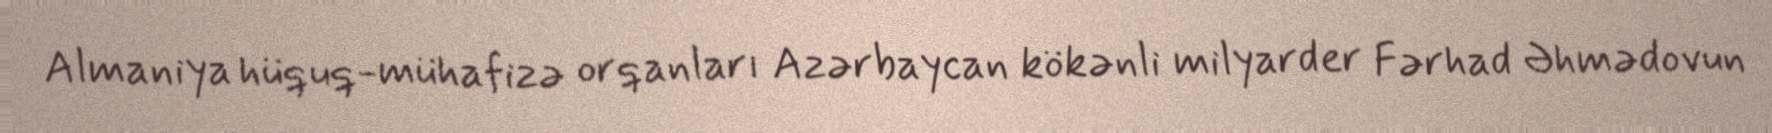
Almaniya hüquq-mühafizə orqanları Azərbaycan kökənli milyarder Fərhad Əhmədovun